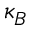
\kappa _ { B }